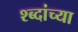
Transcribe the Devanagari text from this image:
श्ब्दांच्या